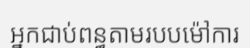
អ្នកជាប់ពន្ធតាមរបបម៉ៅការ